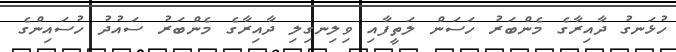
ހުޅަނގު ދާއިރާގެ މެންބަރު ހަސަން ލަތީފާއި ވިލިނގިލި ދާއިރާގެ މެންބަރު ސައުދު ހުސައިންގެ